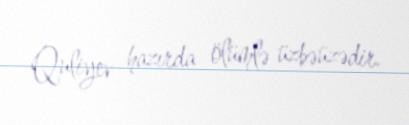
Quliyev hazırda ölümlə üzbəüzədir.